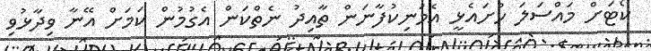
ކޯޓަށް މައްސަލަ ހުށައެޅީ އެމަނިކުފާނަން ތާއިދު ނެތްކަން އެގުމުން ކަމަށް އޭނާ ވިދާޅުވި